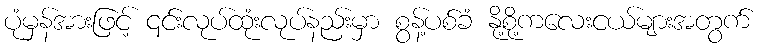
ပုံမှန်အားဖြင့် ၎င်းလုပ်ထုံးလုပ်နည်းမှာ စွန့်ပစ်ခံ နို့စို့ကလေးငယ်များအတွက်